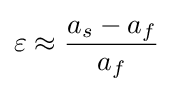
\varepsilon \approx {a_{s}-a_{f} \over a_{f}}